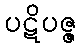
ပဋိပဇ္ဇ